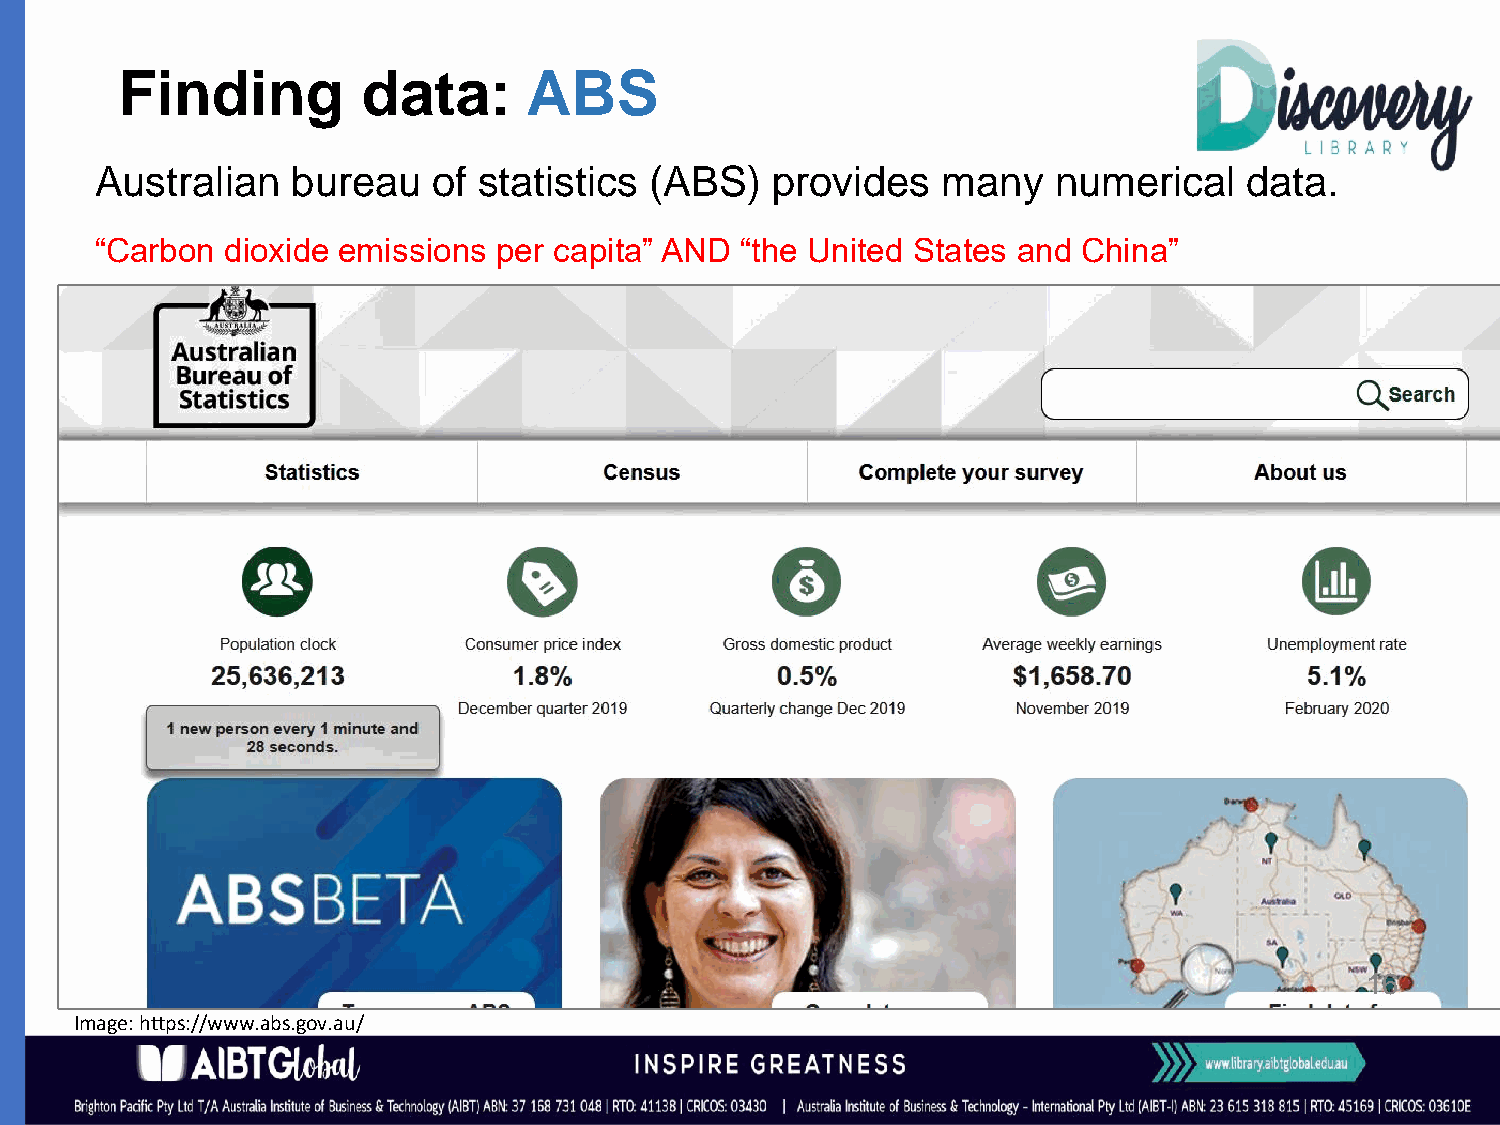
Finding         data:      ABS
 Australian   bureau    of statistics (ABS)   provides   many    numerical    data.
 “Carbon  dioxide emissions per capita” AND “the United States and China”
 16
 Image: https://www.abs.gov.au/